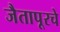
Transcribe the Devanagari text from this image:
जैतापूरचे